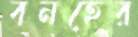
বনহের